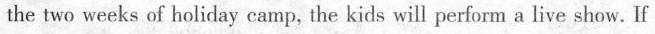
the two weeks of holiday camp, the kids will perform a live show. If